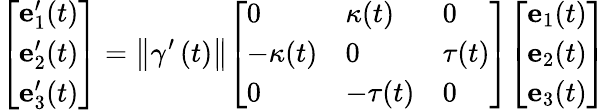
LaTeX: {\left[\begin{array}{l}{\mathbf{e}_{1}^{\prime}(t)}\\ {\mathbf{e}_{2}^{\prime}(t)}\\ {\mathbf{e}_{3}^{\prime}(t)}\end{array}\right]}=\left\Vert\gamma^{\prime}\left(t\right)\right\Vert{\left[\begin{array}{lll}{0}&{\kappa(t)}&{0}\\ {-\kappa(t)}&{0}&{\tau(t)}\\ {0}&{-\tau(t)}&{0}\end{array}\right]}{\left[\begin{array}{l}{\mathbf{e}_{1}(t)}\\ {\mathbf{e}_{2}(t)}\\ {\mathbf{e}_{3}(t)}\end{array}\right]}